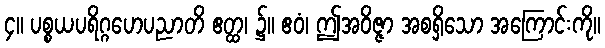
၄။ ပစ္စယပရိဂ္ဂဟေပညာတိ ဧတ္ထ၊ ၌။ ဧဝံ၊ ဤအဝိဇ္ဇာ အစရှိသော အကြောင်းကို။